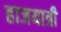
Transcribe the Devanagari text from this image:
हाजयात्री